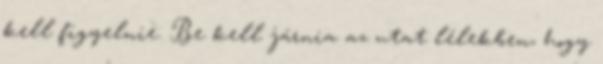
kell figyelnie. Be kell járnia az utat lélekben, hogy